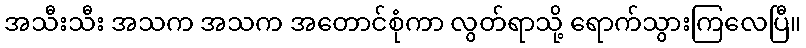
အသီးသီး အသက အသက အတောင်စုံကာ လွတ်ရာသို့ ရောက်သွားကြလေပြီ။